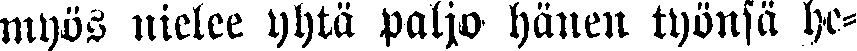
myös nielee yhtä paljo hänen työnsä he-